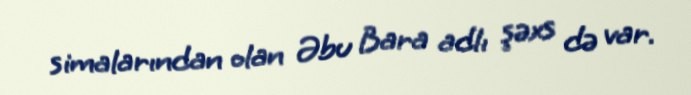
simalarından olan Əbu Bara adlı şəxs də var.